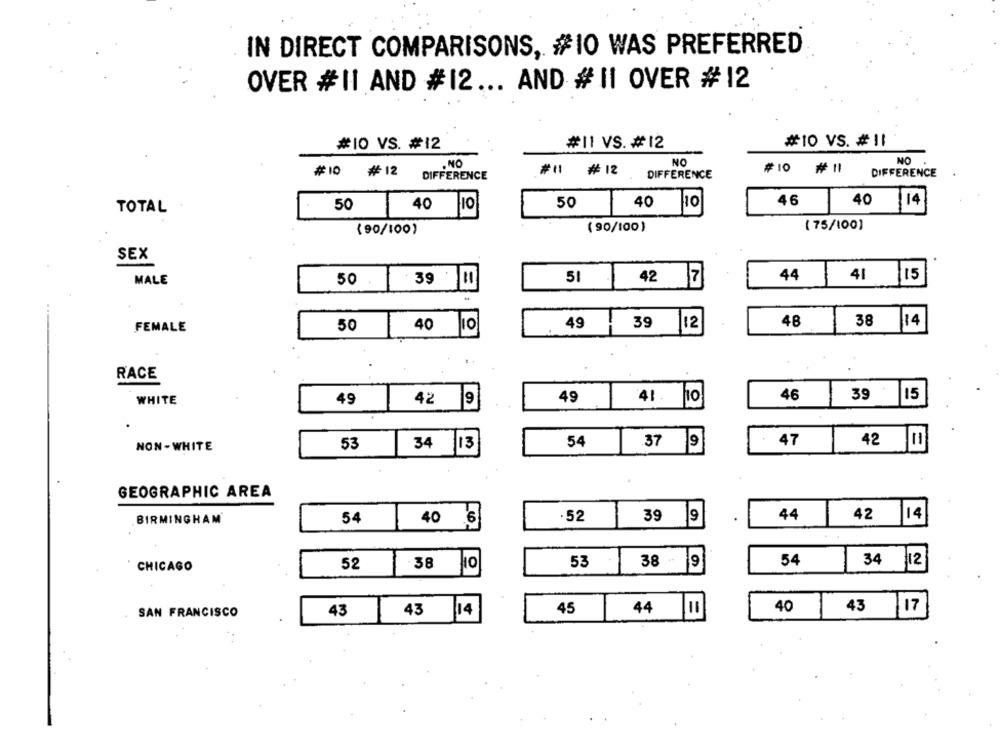
IN DIRECT COMPARISONS, #10 WAS PREFERRED
OVER #II AND #12 ... AND # 11 OVER #12
#10 VS. #12
#11 VS. #12
#10 VS. # 11
NO
NO
NO
# 10
#12
#11
# 12
#10 #11
DIFFERENCE
DIFFERENCE
DIFFERENCE
46
TOTAL
50
40 10
50
40 10
40 14
(90/100)
(90/100)
(75/100)
SEX
51
44
41 15
MALE
50
39 M
42 7
48
38
14
FEMALE
50
40 10
49
39
12
RACE
46
39 15
WHITE
49
42 9
49
41 - 10
54
47
42
NON -WHITE
53
34
113
37 9
E
GEOGRAPHIC AREA
40
.52
44
42
14
. BIRMINGHAM
54
39 9
53
38
9
54
34 12
CHICAGO
52
38
10
40
SAN FRANCISCO
43
43 14
45
44 10
43 17